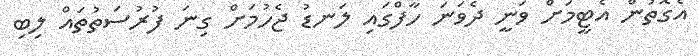
އެގޮތުން އެޓީމަށް ވަނީ ދެވަނަ ހާފްގައި ލަނޑު ޖެހުމަށް ގިނަ ފުރުސަތުތައް ލިބި